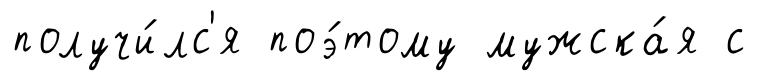
получи́лс'я поэ́тому мужска́я с